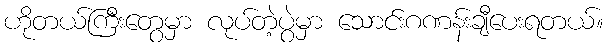
ဟိုတယ်ကြီးတွေမှာ လုပ်တဲ့ပွဲမှာ သောင်းဂဏန်းချီပေးရတယ်။